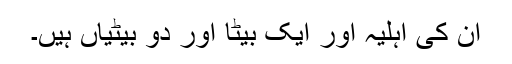
ان کی اہلیہ اور ایک بیٹا اور دو بیٹیاں ہیں۔